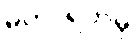
မဟာရဟမှိ